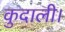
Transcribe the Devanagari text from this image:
कुदाली।